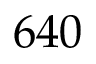
6 4 0